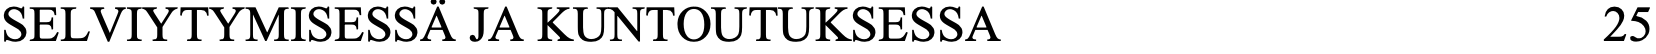
SELVIYTYMISESSÄ JA KUNTOUTUKSESSA                    25